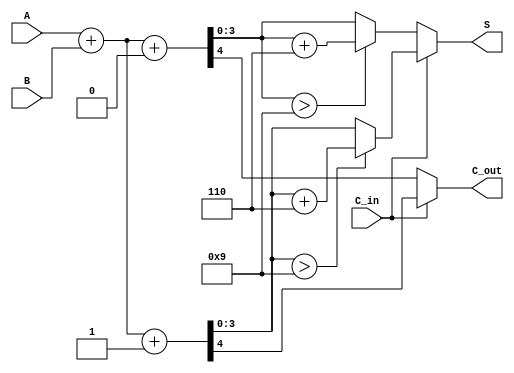
module BCD_Modified_Carry_Select_Adder (
    input [3:0] A,      // 4-bit BCD input A
    input [3:0] B,      // 4-bit BCD input B
    input C_in,         // Carry input
    output reg [3:0] S, // 4-bit BCD result
    output reg C_out    // Carry output
);

    wire [4:0] sum_0;  // Sum when C_in = 0
    wire [4:0] sum_1;  // Sum when C_in = 1
    wire carry_0;       // Carry out when C_in = 0
    wire carry_1;       // Carry out when C_in = 1

    // Full Adder logic for C_in = 0
    assign sum_0 = A + B + 1'b0;
    assign carry_0 = sum_0[4]; // Carry out for C_in = 0

    // Full Adder logic for C_in = 1
    assign sum_1 = A + B + 1'b1;
    assign carry_1 = sum_1[4]; // Carry out for C_in = 1

    // BCD Correction Logic
    wire [4:0] corrected_sum_0;
    wire [4:0] corrected_sum_1;

    assign corrected_sum_0 = (sum_0[3:0] > 4'd9) ? (sum_0 + 5'd6) : sum_0;
    assign corrected_sum_1 = (sum_1[3:0] > 4'd9) ? (sum_1 + 5'd6) : sum_1;

    // Output Selection based on C_in
    always @(*) begin
        if (C_in) begin
            S = corrected_sum_1[3:0];
            C_out = carry_1;
        end else begin
            S = corrected_sum_0[3:0];
            C_out = carry_0;
        end
    end

endmodule